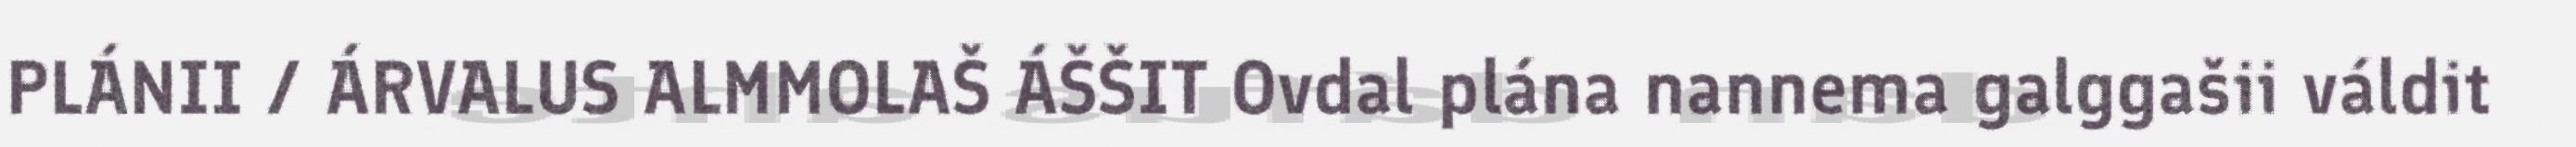
PLÁNII / ÁRVALUS ALMMOLAŠ ÁŠŠIT Ovdal plána nannema galggašii váldit